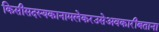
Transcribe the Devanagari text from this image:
किसीसदस्यकानामलेकरउसेअवकारीबताना